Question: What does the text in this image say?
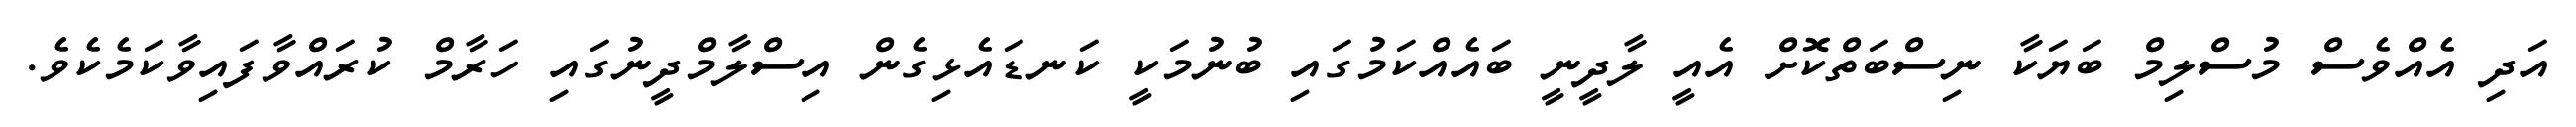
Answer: އަދި އެއްވެސް މުސްލިމް ބަޔަކާ ނިސްބަތްކޮށް އެއީ ލާދީނީ ބައެއްކަމުގައި ބުނުމަކީ ކަނޑައެޅިގެން އިސްލާމްދީނުގައި ހަރާމް ކުރައްވާފައިވާކަމެކެވެ.